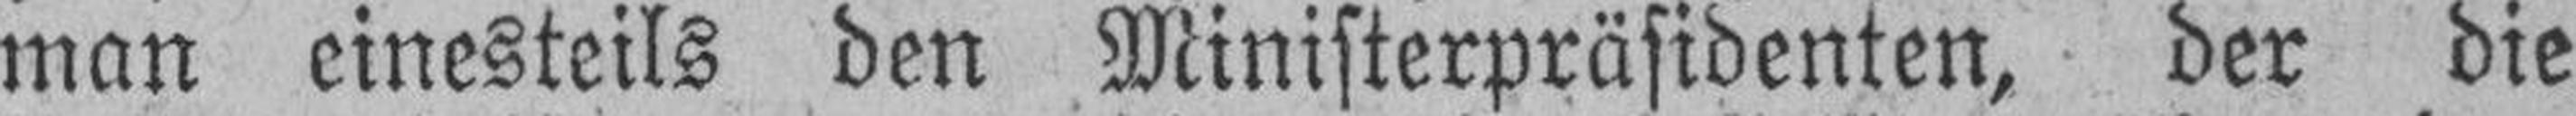
man einesteils den Ministerpräsidenten, der die